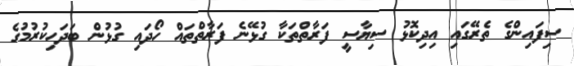
ސިފައިންގެ ތެރޭގައި އިދިކޮޅު ސިޔާސީ ފަރާތްތަކާ ގުޅޭނެ ފަރާތްތައް ހޯދައި ގުޅުން ބަދަހިކުރުމުގެ